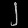
Digit: ၂